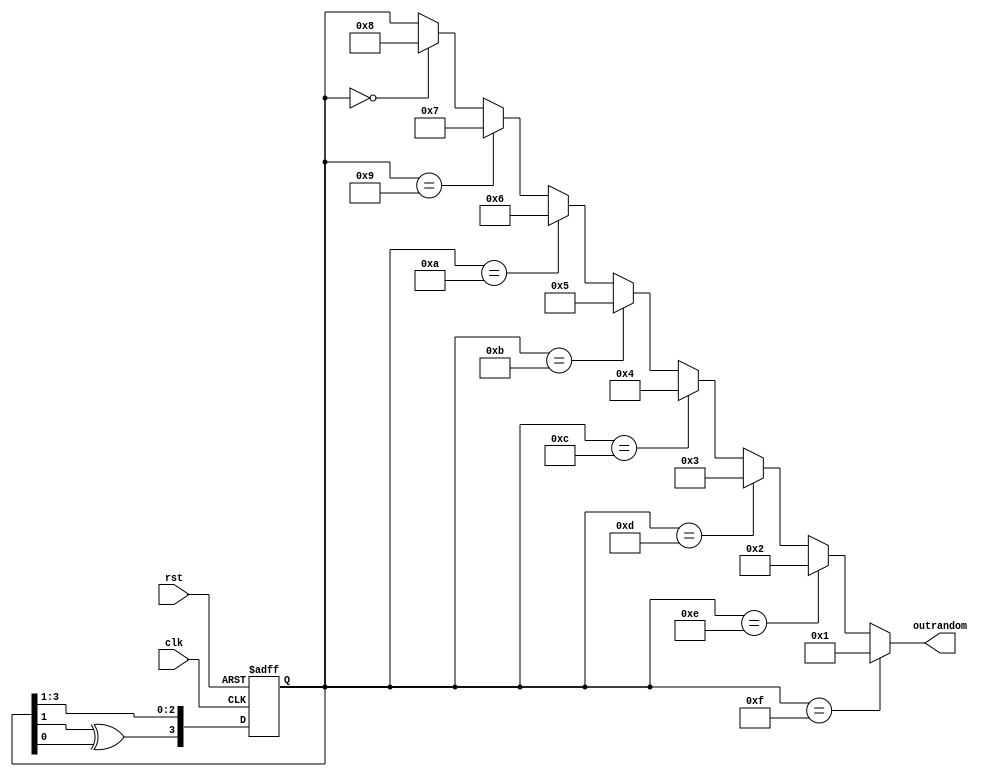

module LFSR(outrandom, clk, rst);
input clk ;
input rst ;
output [3:0] outrandom ;
reg [3:0] random ;
assign outrandom = (random==4'd15)?4'd1:((random==4'd14)?4'd2:
 (random==4'd13)?4'd3:(random==4'd12)?4'd4:(random==4'd11)?4'd5:(random==4'd10)?4'd6:(random==4'd9)?4'd7:(random==4'd0)?4'd8:random);
always @(posedge clk or posedge rst)
begin
if (rst)
random[3:0] <= 4'b1000;
else
begin
random[2:0] <= random[3:1];
random[3] <= random[1] ^ random[0];
end
end
endmodule